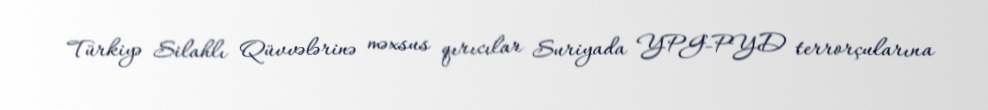
Türkiyə Silahlı Qüvvələrinə məxsus qırıcılar Suriyada YPG-PYD terrorçularına